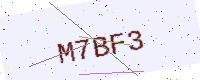
Text: M7BF3